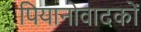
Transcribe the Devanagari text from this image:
पियानोवादकों